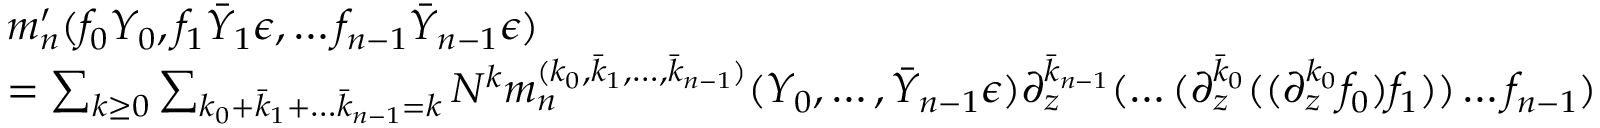
\begin{array} { r l } & { m _ { n } ^ { \prime } ( f _ { 0 } Y _ { 0 } , f _ { 1 } \bar { Y } _ { 1 } \epsilon , \dots f _ { n - 1 } \bar { Y } _ { n - 1 } \epsilon ) } \\ & { = \sum _ { k \geq 0 } \sum _ { k _ { 0 } + \bar { k } _ { 1 } + \dots \bar { k } _ { n - 1 } = k } N ^ { k } m _ { n } ^ { ( k _ { 0 } , \bar { k } _ { 1 } , \dots , \bar { k } _ { n - 1 } ) } ( Y _ { 0 } , \dots , \bar { Y } _ { n - 1 } \epsilon ) \partial _ { z } ^ { \bar { k } _ { n - 1 } } ( \dots ( \partial _ { z } ^ { \bar { k } _ { 0 } } ( ( \partial _ { z } ^ { k _ { 0 } } f _ { 0 } ) f _ { 1 } ) ) \dots f _ { n - 1 } ) } \end{array}